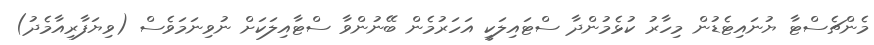
މެންޗެސްޓާ ޔުނައިޓެޑުން މިހާރު ކުޅެމުންދާ ސްޓައިލަކީ އަހަރުމެން ބޭނުންވާ ސްޓާއިލަކަށް ނުވިނަމަވެސް (ވިޔަފާރިއާމެދު)